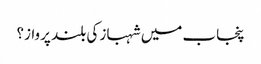
پنجاب میں شہباز کی بلند پرواز؟